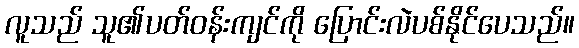
လူသည် သူ၏ပတ်ဝန်းကျင်ကို ပြောင်းလဲပစ်နိုင်ပေသည်။